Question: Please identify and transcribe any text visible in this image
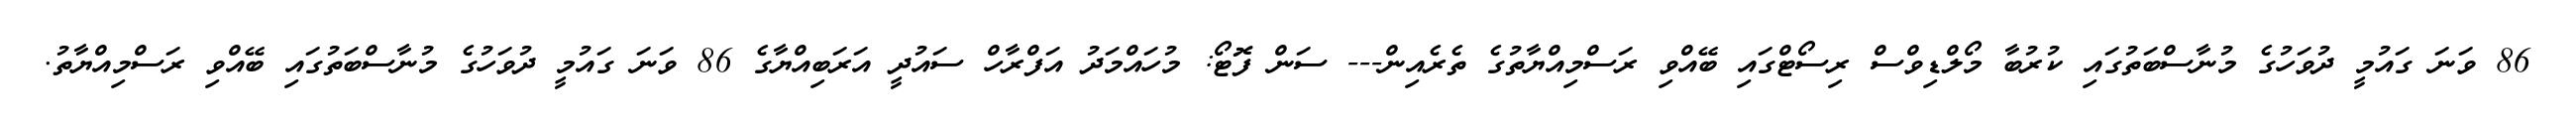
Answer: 86 ވަނަ ގައުމީ ދުވަހުގެ މުނާސްބަތުގައި ކުރުބާ މޯލްޑިވްސް ރިސޯޓްގައި ބޭއްވި ރަސްމިއްޔާތުގެ ތެރެއިން--- ސަން ފޮޓޯ: މުހައްމަދު އަފްރާހް ސައުދީ އަރަބިއްޔާގެ 86 ވަނަ ގައުމީ ދުވަހުގެ މުނާސްބަތުގައި ބޭއްވި ރަސްމިއްޔާތު.